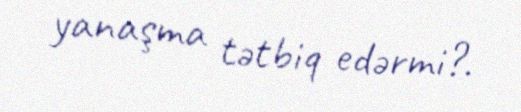
yanaşma tətbiq edərmi?.